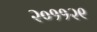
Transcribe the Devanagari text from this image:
२०११२९